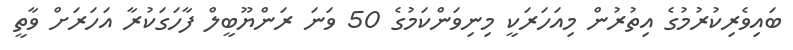
ބައިވެރިކުރުމުގެ އިތުރުން މިއަހަރަކީ މިނިވަންކަމުގެ 50 ވަނަ ރަންޔޫބީލް ފާހަގަކުރާ އަހަރަށް ވާތީ